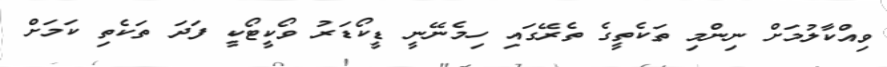
ވިއްކާލުމަށް ނިންމި ތަކެތީގެ ތެރޭގައި ހިމެނޭނީ ޑީކޯޑަރު ވޯކީޓޯކީ ފަދަ ތަކެތި ކަމަށް